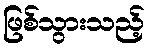
ဖြစ်သွားသည့်